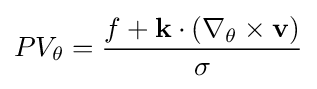
PV_{\theta }={\frac {f+\mathbf {k} \cdot (\nabla _{\theta }\times \mathbf {v} )}{\sigma }}